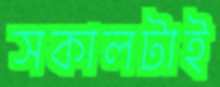
সকালটাই